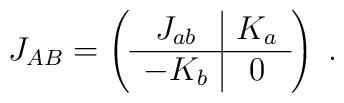
J_{AB}=\left(\begin{array}{c|c} J_{ab} & K_a \\ \hline -K_b & 0 \end{array}\right)\;.